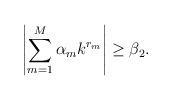
LaTeX: \begin{align*}\left|\sum_{m=1}^{M}\alpha_{m}k^{r_{m}}\right|\geq \beta_{2}.\end{align*}